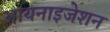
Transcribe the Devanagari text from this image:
आयनाइजेशन